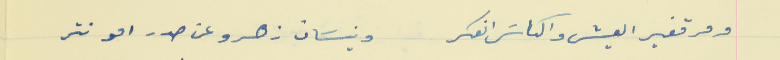
ومر قفير العيش والكاسَ انعكر                                ونيسَان زهرو عن صدر امو نتر